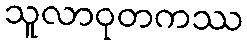
သူလာဝုတကဿ